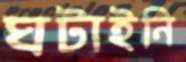
ঘটাইনি